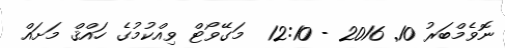
ނޮވެމްބަރު 10